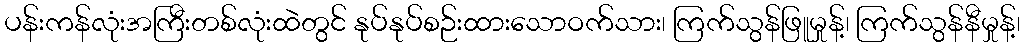
ပန်းကန်လုံးအကြီးတစ်လုံးထဲတွင် နုပ်နုပ်စဉ်းထားသောဝက်သား၊ ကြက်သွန်ဖြူမှုန့်၊ ကြက်သွန်နီမှုန့်၊